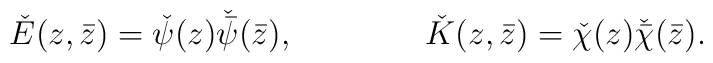
\check E(z,\bar z)=\check \psi(z)\check {\bar\psi}(\bar z),~~~~~~~~~~~~\check K(z,\bar z)=\check\chi(z)\check{\bar\chi}(\bar z).